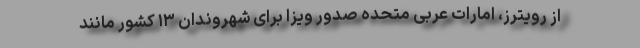
از رویترز، امارات عربی متحده صدور ویزا برای شهروندان ۱۳ کشور مانند